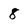
Character: 8